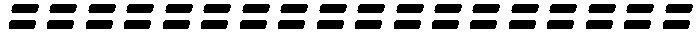
==================